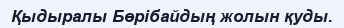
Қыдыралы Бөрібайдың жолын қуды.